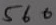
Text: 560